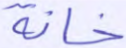
خانة